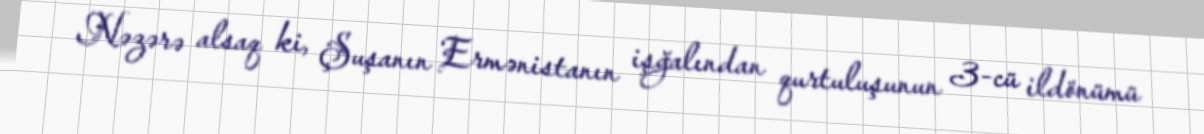
Nəzərə alsaq ki, Şuşanın Ermənistanın işğalından qurtuluşunun 3-cü ildönümü